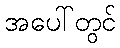
အပေါ်တွင်